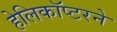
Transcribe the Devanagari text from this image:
हेलिकॉप्टरने